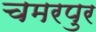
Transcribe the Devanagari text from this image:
चमरपुर